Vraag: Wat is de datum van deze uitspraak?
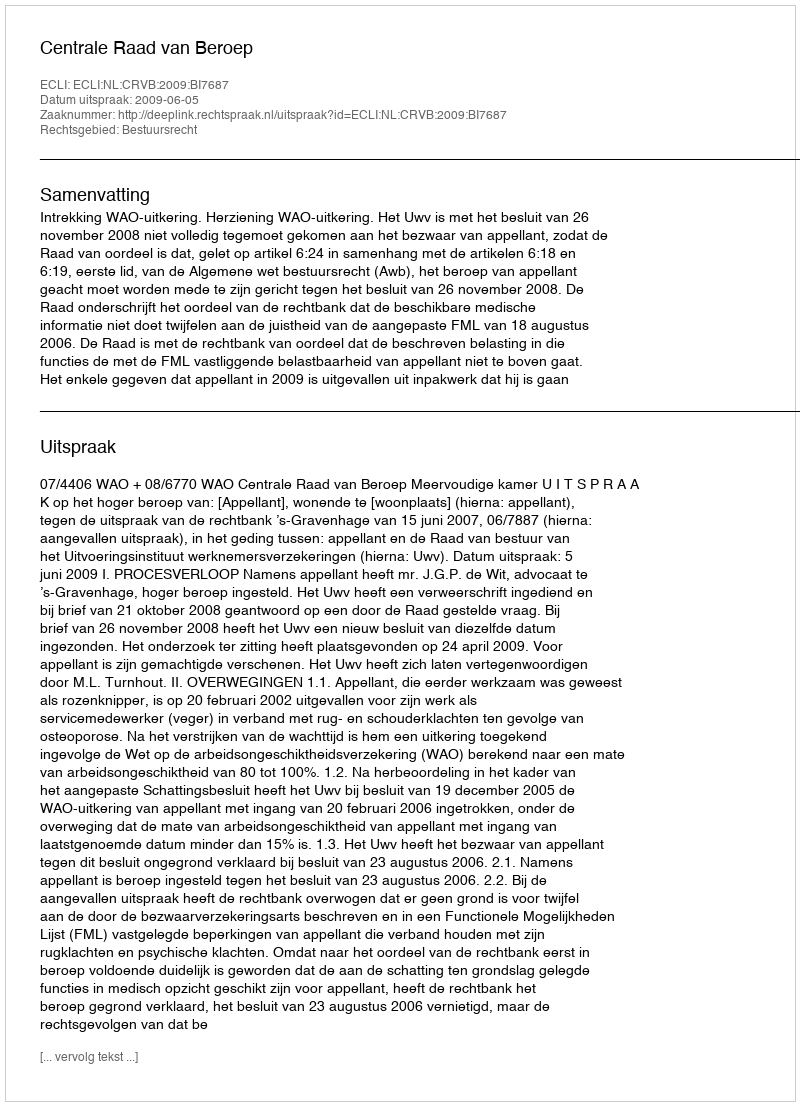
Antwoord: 2009-06-05